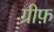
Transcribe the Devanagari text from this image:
ग्रीफ़